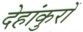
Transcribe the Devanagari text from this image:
देहांकुरों